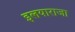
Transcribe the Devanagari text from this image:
इलयाराजा